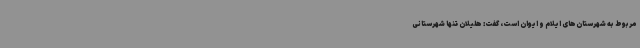
مربوط به شهرستان‌های ایلام و ایوان است، گفت: هلیلان تنها شهرستانی